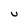
Character: U